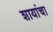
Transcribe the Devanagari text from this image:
शायांचा